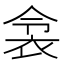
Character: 𬡌